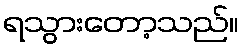
ရသွားတော့သည်။